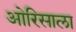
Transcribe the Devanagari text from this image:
ओरिसाला